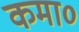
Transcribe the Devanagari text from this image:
कमा०